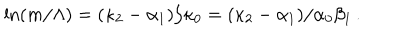
\ln ( m / \Lambda ) = ( \kappa _ { 2 } - \alpha _ { 1 } ) / \kappa _ { 0 } = ( \kappa _ { 2 } - \alpha _ { 1 } ) / \alpha _ { 0 } \beta _ { 1 } \, .